Lunatic asylums Central Provinces reports 1886-1894 - 1886-1894
Year: 1886
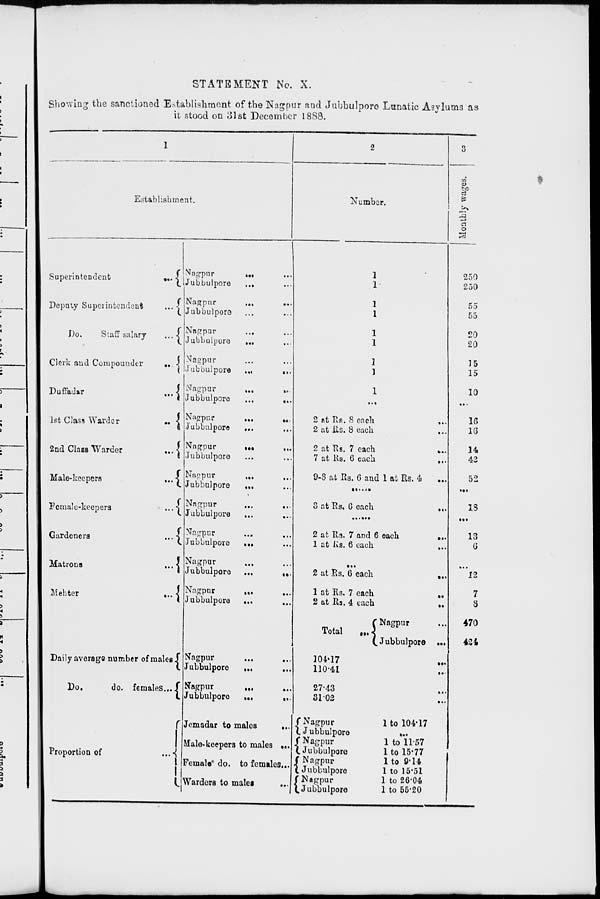
STATEMENT No. X.
Showing the sanctioned Establishment of the Nagpur and Jubbulpore Lunatic Asylums as
it stood on 31st December 1888.
1
Establishment.
Superintendent
...
Deputy
Superintendent
...
Do.
Staff salary
...
Clerk and Compounder
...
Duffadar
...
1st Class Warder
...
2nd Class Warder
...
Male-keepers
...
Female-keepers
...
Gardeners
...
Matrons
...
Mehter
...
Daily average number of males
Do.
do. females ...
Proportion of
...
Nagpur ... ...
Jubbulpore ... ...
Nagpur
...
...
Jubbulpore ... ...
Nagpur ... ...
Jubbulpore ... ...
Nagpur ... ...
Jubbulpore
...
...
Nagpur
...
...
Jubbulpore
...
...
Nagpur
...
...
Jubbulpore ... ...
Nagpur ... ...
Jubbulpore ... ...
Nagpur ... ...
Jubbulpore ... ...
Nagpur ... ...
Jubbulpore
...
...
Nagpur ... ...
Jubbulpore ... ...
Nagpur ... ...
Jubbulpore ...
...
Nagpur ... ...
Jubbulpore ... ...
Nagpur ... ...
Jubbulpore
...
...
Nagpur ... ...
Jubbulpore
...
...
Jemadar to males
...
Male-keepers to males ...
Female do. to females ...
Warders to males
...
2
Number.
1
1
1
1
1
1
1
1
1
...
2 at Rs. 8 each
...
2 at Rs. 8 each ...
2 at Rs. 7 each
...
7 at Rs. 6 each
...
9-8 at Rs. 6 and 1 at Rs. 4 ...
......
3 at Rs. 6 each
...
......
2 at Rs. 7 and 6 each
...
1 at Rs. 6 each
...
...
2 at Rs. 6 each
...
1 at Rs. 7 each
..
2 at Rs. 4 each
..
Total
...
Nagpur
...
Jubbulpore ...
104.17 ...
110.41 ...
27.43 ...
31.02 ...
Nagpur
Jubbulpore
Nagpur
Jubbulpore
Nagpur
Jubbulpore
Nagpur
Jubbulpore
3
Monthly wages.
250
250
55
55
20
20
15
15
10
...
16
16
14
42
52
...
18
...
13
6
...
12
7
8
470
424
1 to 104.17
...
1 to 11.57
1 to 15.77
1 to 9.14
1 to 15.51
1 to 26.04
1 to 55.20